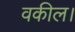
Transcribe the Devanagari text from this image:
वकील।